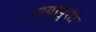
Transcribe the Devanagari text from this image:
आग्रापुरते